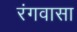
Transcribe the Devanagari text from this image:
रंगवासा